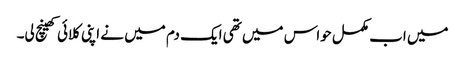
میں اب مکمل حواس میں تھی ایک دم میں نے اپنی کلائی کھینچ لی۔